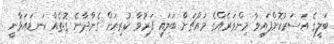
ބަލީގެ އަސަރުކޮށްފައިވާ މިންވަރެއްގެ މައްޗަށް ބަލައި ފަރުވާ ކުރިޔަށް ގެންދާނެ ގޮތެއް ކަނޑައަޅާނީ